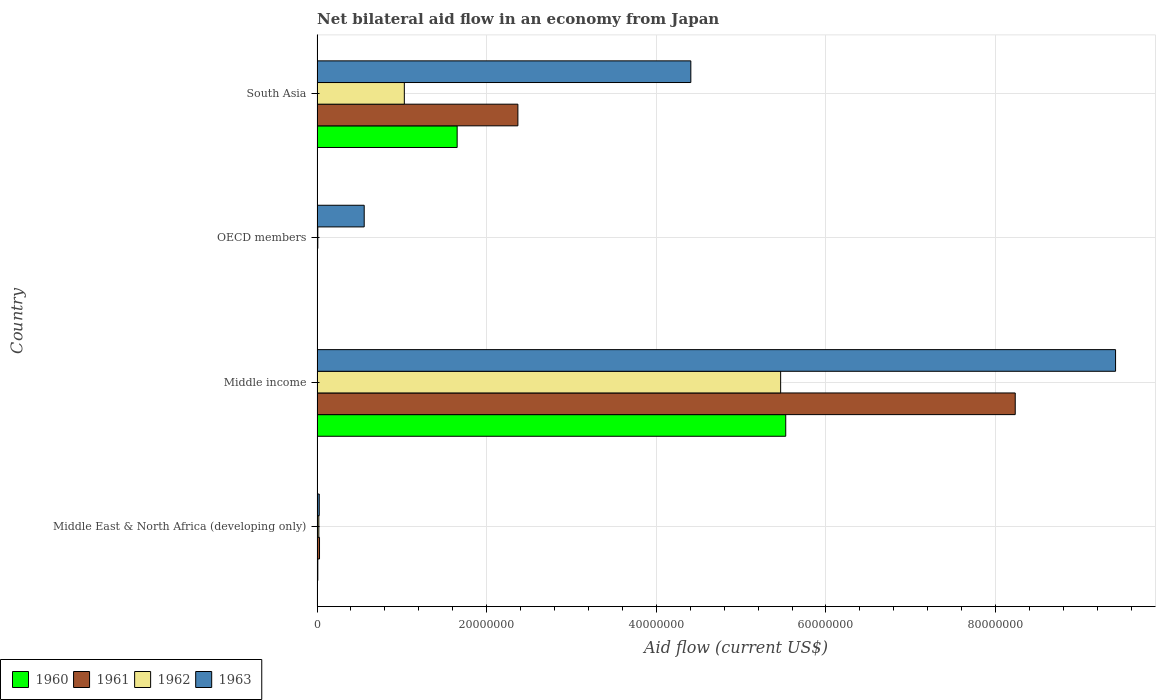
| Country | 1960 | 1961 | 1962 | 1963 |
 | --- | --- | --- | --- | --- |
 | Middle East & North Africa (developing only) | 9e+04 | 2.9e+05 | 2.1e+05 | 2.6e+05 |
 | Middle income | 5.53e+07 | 8.23e+07 | 5.47e+07 | 9.42e+07 |
 | OECD members | 3e+04 | 5e+04 | 9e+04 | 5.56e+06 |
 | South Asia | 1.65e+07 | 2.37e+07 | 1.03e+07 | 4.41e+07 |